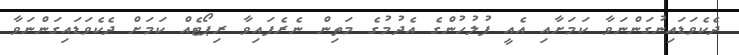
ދެކެވަޑައިނުގަންނަވާ ކަމަށާއި އެއީ ފުލުހުންގެ އެދުމުގެ މަތިން ނެރެފައިވާ ރިޕޯޓެއް ކަމަށް ދެކެވަޑައިގަންނަވާ